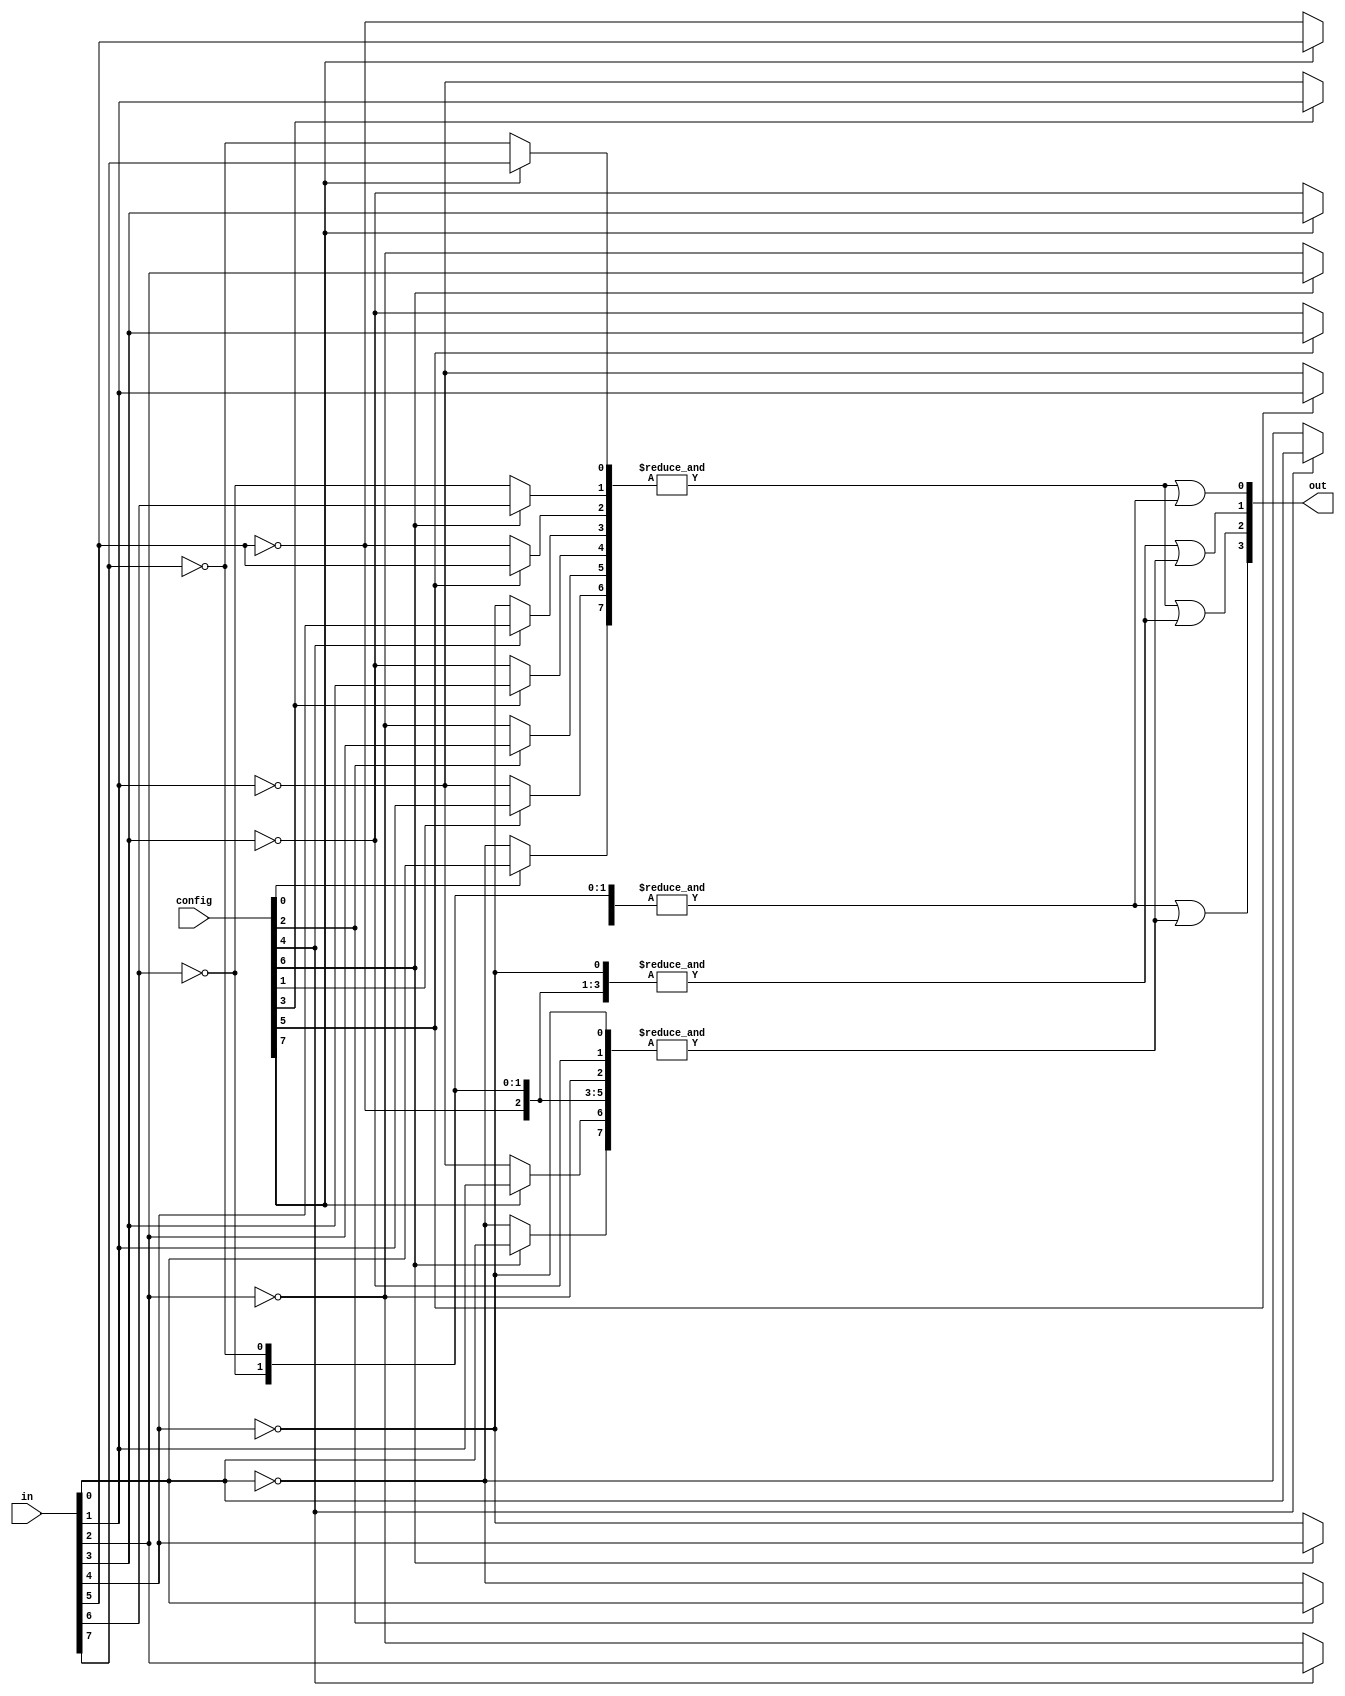
module GAL(
    input wire [7:0] in,        // 8-bit input ports
    input wire [7:0] config,     // 8-bit configuration for programmable connections
    output wire [3:0] out        // 4-bit output ports
);
    // Internal signals for AND gates
    wire [7:0] and_outputs;      // Outputs from the AND gates
    wire [3:0] or_inputs;        // Inputs to the OR gates

    // Programmable AND Gates (4 AND gates in this example)
    genvar i, j;
    generate
        for (i = 0; i < 4; i = i + 1) begin : and_block
            // Each AND gate can accept inputs from the 8 input signals or their complements
            assign and_outputs[i] = &{
                (config[i*2]) ? in[0] : ~in[0],
                (config[i*2 + 1]) ? in[1] : ~in[1],
                (config[i*2 + 2]) ? in[2] : ~in[2],
                (config[i*2 + 3]) ? in[3] : ~in[3],
                (config[i*2 + 4]) ? in[4] : ~in[4],
                (config[i*2 + 5]) ? in[5] : ~in[5],
                (config[i*2 + 6]) ? in[6] : ~in[6],
                (config[i*2 + 7]) ? in[7] : ~in[7]
            };
        end
    endgenerate

    // Fixed OR Gates (4 OR gates combining outputs from AND gates)
    assign or_inputs[0] = and_outputs[0] | and_outputs[1];
    assign or_inputs[1] = and_outputs[2] | and_outputs[3];
    assign or_inputs[2] = and_outputs[0] | and_outputs[2];
    assign or_inputs[3] = and_outputs[1] | and_outputs[3];

    // Final outputs
    assign out = or_inputs;

endmodule